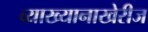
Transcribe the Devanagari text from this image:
व्याख्यानाखेरीज